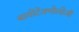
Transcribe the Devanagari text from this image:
बायोटेक्नोलोजी